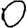
Digit: 0